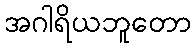
အဂါရိယဘူတော